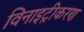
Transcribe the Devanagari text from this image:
विनाइट्रीकरण